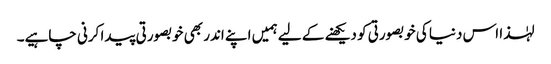
لہٰذا اس دنیا کی خوبصورتی کو دیکھنے کے لیے ہمیں اپنے اندر بھی خوبصورتی پیدا کرنی چاہیے۔